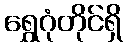
ရွှေဂုံတိုင်ရှိ